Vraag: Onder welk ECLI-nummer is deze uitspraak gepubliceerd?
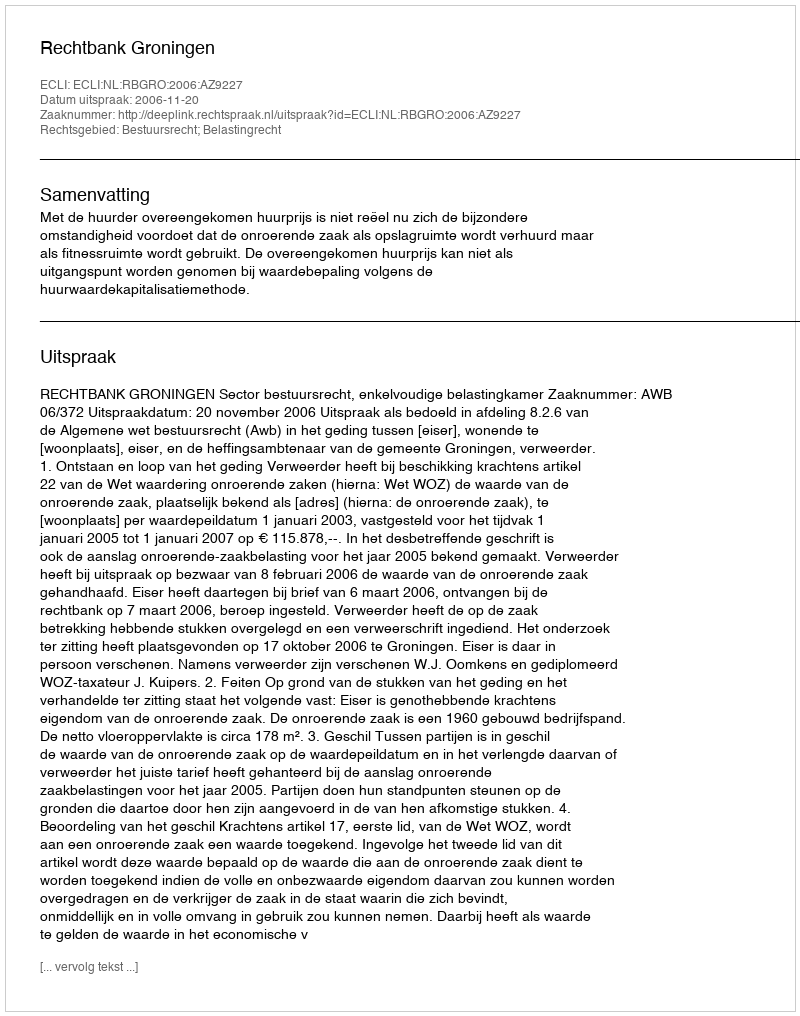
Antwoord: ECLI:NL:RBGRO:2006:AZ9227